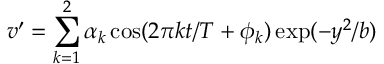
v ^ { \prime } = \sum _ { k = 1 } ^ { 2 } \alpha _ { k } \cos ( 2 \pi k t / T + \phi _ { k } ) \exp ( - y ^ { 2 } / b )